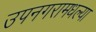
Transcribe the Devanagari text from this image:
उपनगरामधल्या